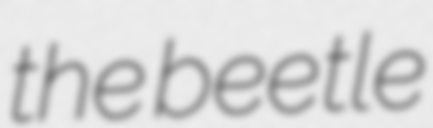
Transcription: the beetle